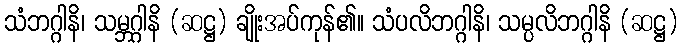
သံဘဂ္ဂါနိ၊ သမ္ဘဂ္ဂါနိ (ဆဋ္ဌ) ချိုးအပ်ကုန်၏။ သံပလိဘဂ္ဂါနိ၊ သမ္ပလိဘဂ္ဂါနိ (ဆဋ္ဌ)